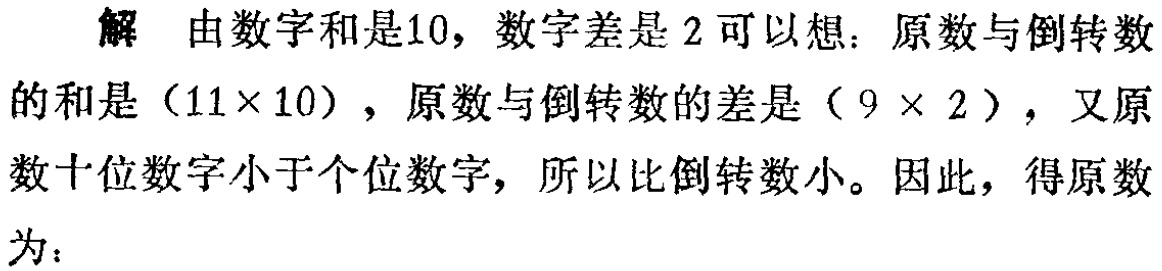
解 由数字和是10，数字差是2可以想：原数与倒转数的和是（\(11\times 10\)），原数与倒转数的差是（\(9\times 2\)），又原数十位数字小于个位数字，所以比倒转数小。因此，得原数为：